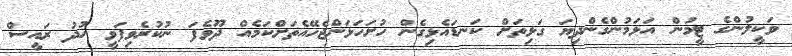
ވަކީލުންގެ ޓީމުން އަޅަމުންގެންދިޔަ ގަޅިތަށް ކަނޑައެޅިގެން ހުށަހަޅަންޖެހޭއެތަށްކަމެއް ދޫވެފަ ނުކުރެވިފަވީ ހުދު ރައީސް